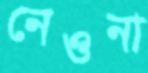
নেওনা